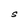
Character: S